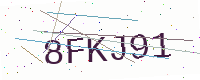
Text: 8FKJ91